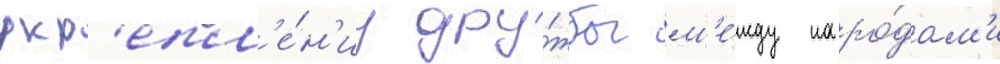
укр'епл'е́н'иу дру́жбы м'е́жду наро́дам'и